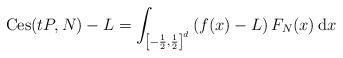
LaTeX: \begin{align*}\mathrm{Ces} (tP , N) - L = \int_{\left[ - \frac{1}{2} , \frac{1}{2} \right]^d} \left( f(x) -L \right) F_N (x) \, \mathrm{d}x\end{align*}